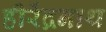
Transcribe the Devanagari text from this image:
हीरेंद्रनाथ